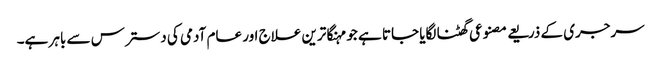
سرجری کے ذریعے مصنوعی گھٹنا لگایا جاتا ہے جو مہنگا ترین علاج اور عام آدمی کی دسترس سے باہر ہے۔